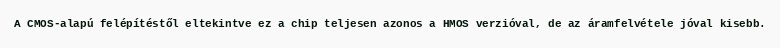
A CMOS-alapú felépítéstől eltekintve ez a chip teljesen azonos a HMOS verzióval, de az áramfelvétele jóval kisebb.